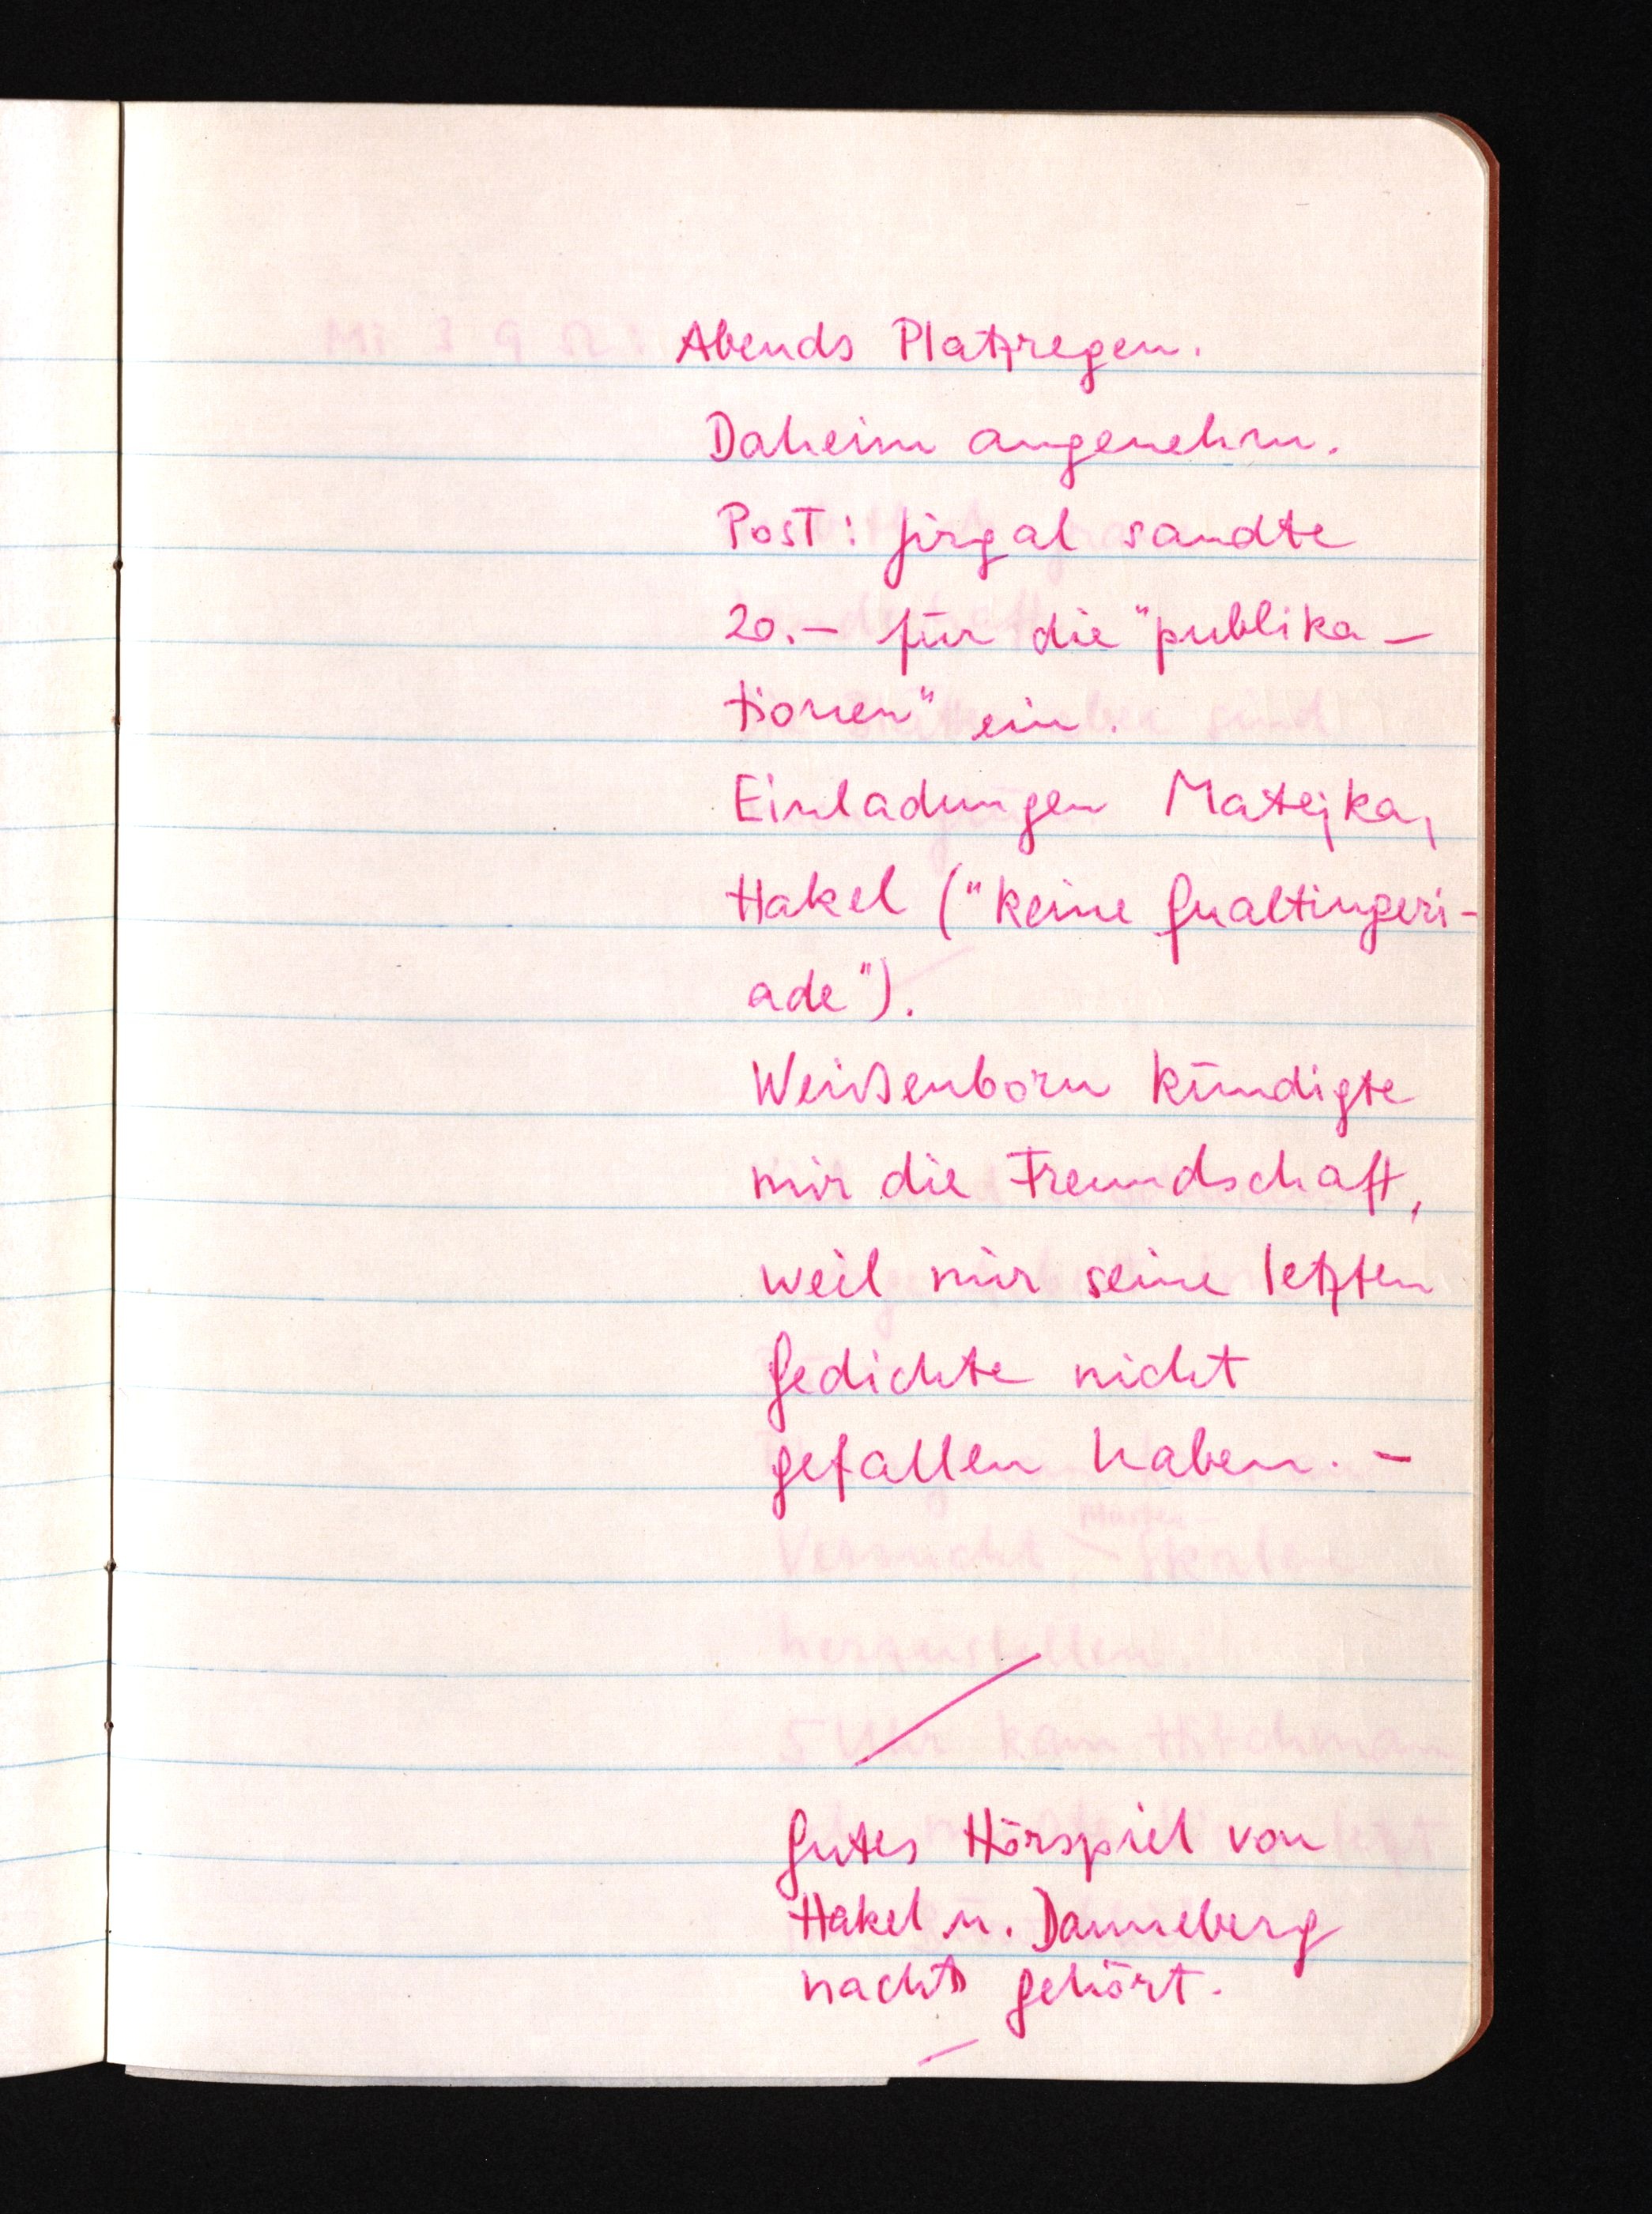
Abends Platzregen.
Daheim angenehm.
Post: Jirgal sandte
20.- für die "publika
tionen" ein.
Einladungen Matejka,
Hakel ("keine Qualtingeri¬
ade").
Weißenborn kündigte
mir die Freundschaft,
weil mir seine letzten
Gedichte nicht
gefallen haben. -
Gutes Hörspiel von
Hakel u. Danneberg
nachts gehört.